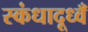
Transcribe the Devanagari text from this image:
स्कंधादूध्वँ